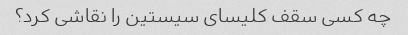
چه کسی سقف کلیسای سیستین را نقاشی کرد؟